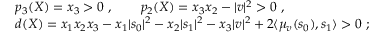
\begin{array} { r l } & { p _ { 3 } ( X ) = x _ { 3 } > 0 \ , \qquad p _ { 2 } ( X ) = x _ { 3 } x _ { 2 } - | v | ^ { 2 } > 0 \ , } \\ & { d ( X ) = x _ { 1 } x _ { 2 } x _ { 3 } - x _ { 1 } | s _ { 0 } | ^ { 2 } - x _ { 2 } | s _ { 1 } | ^ { 2 } - x _ { 3 } | v | ^ { 2 } + 2 \langle \mu _ { v } ( s _ { 0 } ) , s _ { 1 } \rangle > 0 \ ; } \end{array}